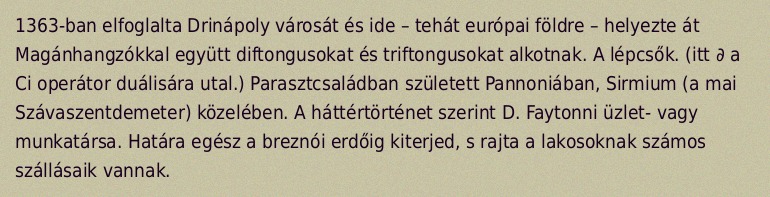
1363-ban elfoglalta Drinápoly városát és ide – tehát európai földre – helyezte át Magánhangzókkal együtt diftongusokat és triftongusokat alkotnak. A lépcsők. (itt ∂ a Ci operátor duálisára utal.) Parasztcsaládban született Pannoniában, Sirmium (a mai Szávaszentdemeter) közelében. A háttértörténet szerint D. Faytonni üzlet- vagy munkatársa. Határa egész a breznói erdőig kiterjed, s rajta a lakosoknak számos szállásaik vannak.